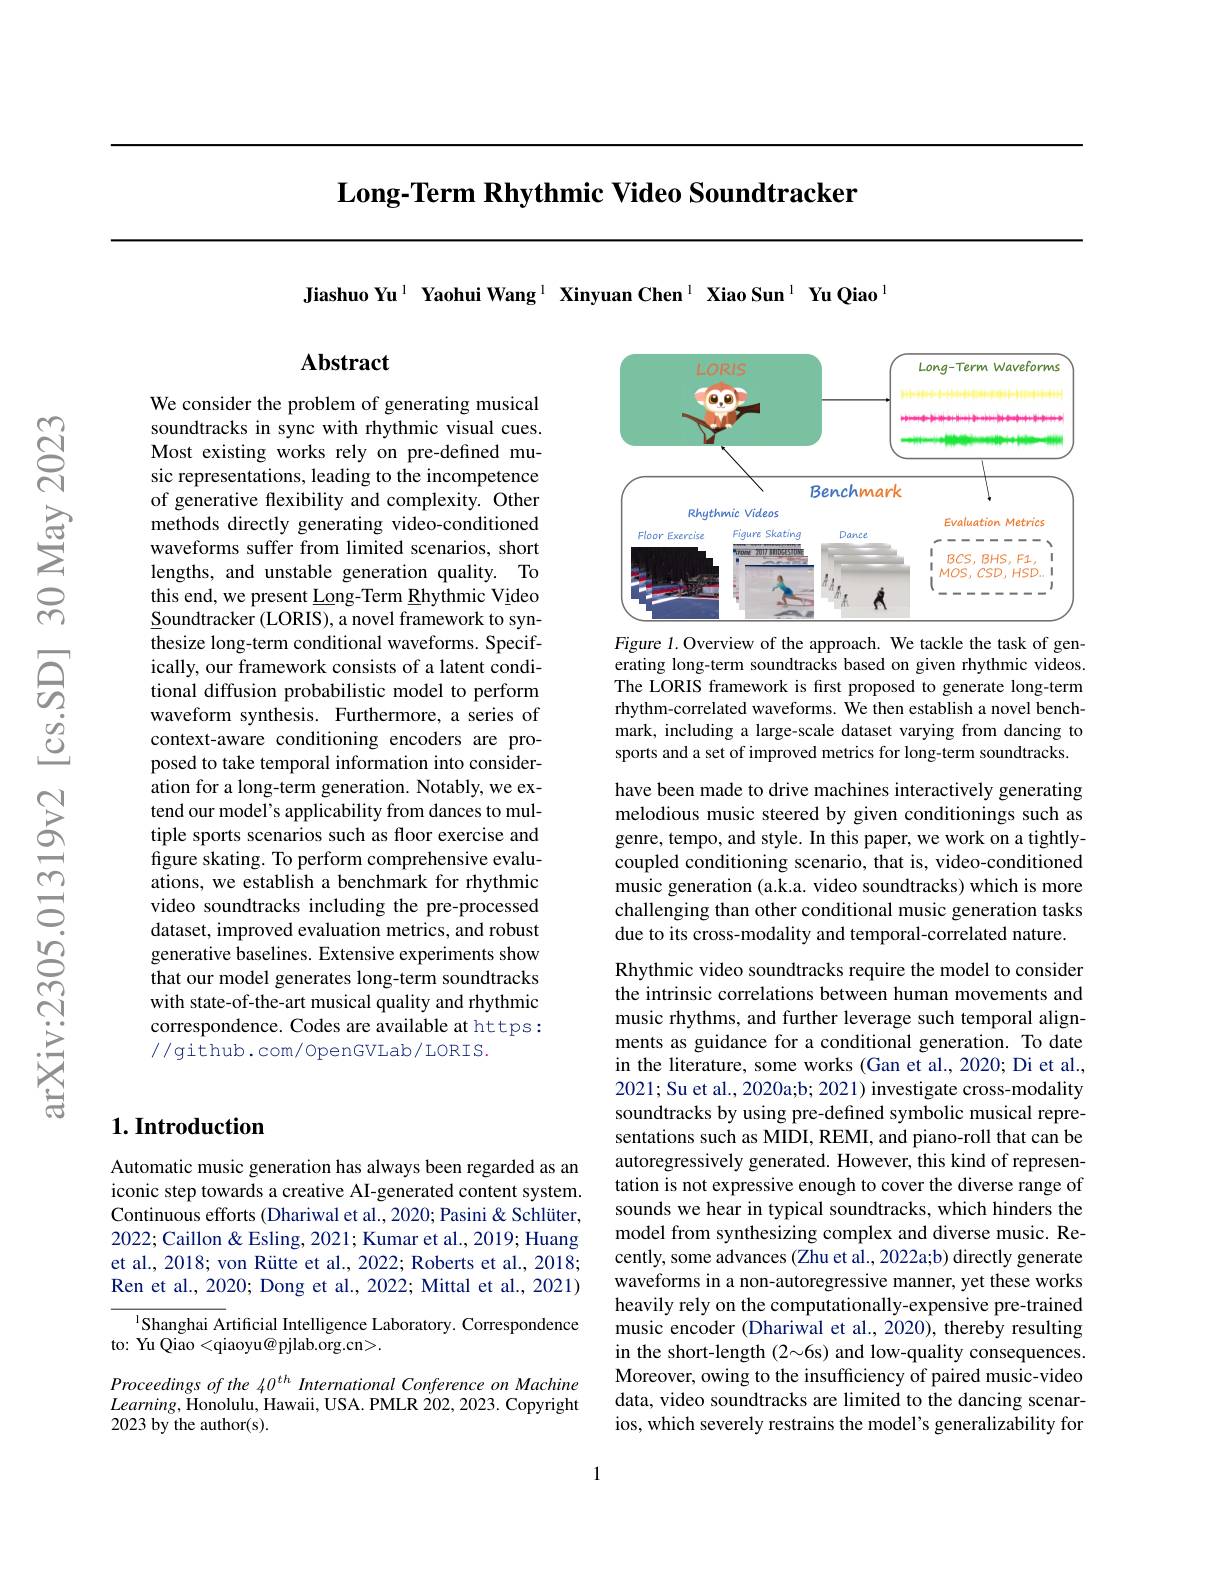
$\textbf{Long- Term Rhythmic Video Soundtracker}$

Jiashuo Yu$^{1}$ Yaohui Wang$^{1}$ Xinyuan Chen$^{1}$ Xiao Sun$^{1}$ Yu Qiao$^{1}$

## Abstract

We consider the problem of generating musical soundtracks in sync with rhythmic visual cues. Most existing works rely on pre-defined music representations, leading to the incompetence of generative flexibility and complexity. Other methods directly generating video-conditioned waveforms suffer from limited scenarios, short lengths, and unstable generation quality. To this end, we present Long-Term Rhythmic Video $\underline{S}$oundtracker (LORIS), a novel framework to synthesize long-term conditional waveforms. Specifically, our framework consists of a latent conditional diffusion probabilistic model to perform waveform synthesis. Furthermore, a series of context-aware conditioning encoders are proposed to take temporal information into consideration for a long-term generation. Notably, we extend our model's applicability from dances to multiple sports scenarios such as floor exercise and figure skating. To perform comprehensive evaluations, we establish a benchmark for rhythmic video soundtracks including the pre-processed dataset, improved evaluation metrics, and robust generative baselines. Extensive experiments show that our model generates long-term soundtracks with state-of-the-art musical quality and rhythmic correspondence. Codes are available at https: //github.com/OpenGVLab/LORIS.

## $1. \textbf{Introduction}$

Automatic music generation has always been regarded as an iconic step towards a creative AI-generated content system. Continuous efforts (Dhariwal et al., 2020; Pasini& Schlüter, 2022; Caillon & Esling, 2021; Kumar et al., 2019; Huang et al., 2018; von Rütte et al., 2022; Roberts et al., 2018; Ren et al., 2020; Dong et al., 2022; Mittal et al., 2021)

$^{1}$Shanghai Artificial Intelligence Laboratory. Correspondence
to: Yu Qiao <qiaoyu@pjlab.org.cn>.

Proceedings of the 40$^{th}$ International Conference on Machine $Learning$,Honolulu, Hawaii, USA. PMLR 202,2023. Copyright 2023 by the author(s).

<FigureHere>

Figure 1.Overview of the approach. We tackle the task of generating long-term soundtracks based on given rhythmic videos. The LORIS framework is first proposed to generate long-term rhythm-correlated waveforms. We then establish a novel benchmark, including a large-scale dataset varying from dancing to sports and a set of improved metrics for long-term soundtracks.

have been made to drive machines interactively generating melodious music steered by given conditionings such as genre, tempo, and style. In this paper, we work on a tightlycoupled conditioning scenario, that is, video-conditioned music generation (a.k.a. video soundtracks) which is more challenging than other conditional music generation tasks due to its cross-modality and temporal-correlated nature.

Rhythmic video soundtracks require the model to consider the intrinsic correlations between human movements and music rhythms, and further leverage such temporal alignments as guidance for a conditional generation. To date in the literature, some works (Gan et al.,2020; Di et al., 2021; Su et al., 2020a;b; 2021) investigate cross-modality soundtracks by using pre-defined symbolic musical representations such as MIDI, REMI, and piano-roll that can be autoregressively generated. However, this kind of representation is not expressive enough to cover the diverse range of sounds we hear in typical soundtracks, which hinders the model from synthesizing complex and diverse music. Recently, some advances (Zhu et al., 2022a;b) directly generate waveforms in a non-autoregressive manner, yet these works heavily rely on the computationally-expensive pre-trained music encoder (Dhariwal et al., 2020), thereby resulting in the short-length (2~6s) and low-quality consequences. Moreover, owing to the insufficiency of paired music-video data, video soundtracks are limited to the dancing scenarios, which severely restrains the model's generalizability for

1